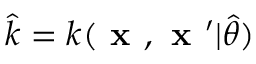
\hat { k } = k ( \textbf { x } , \textbf { x } ^ { \prime } | \boldsymbol { \hat { \theta } } )